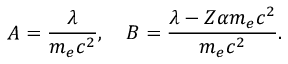
A = \frac { \lambda } { m _ { e } c ^ { 2 } } , \quad B = \frac { \lambda - Z \alpha m _ { e } c ^ { 2 } } { m _ { e } c ^ { 2 } } .